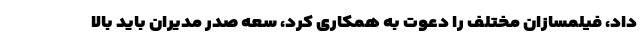
داد، فیلمسازان مختلف را دعوت به همکاری کرد، سعه صدر مدیران باید بالا